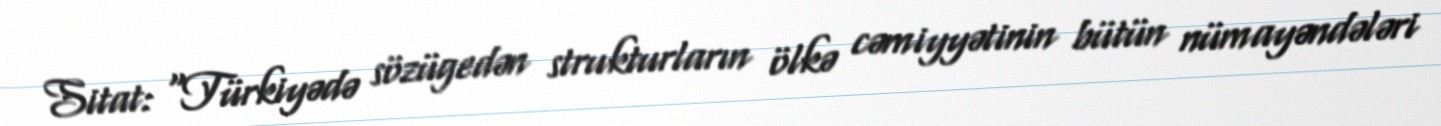
Sitat: “Türkiyədə sözügedən strukturların ölkə cəmiyyətinin bütün nümayəndələri